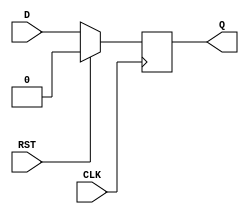
module synchronous_register (
    input wire D,        // Data input
    input wire CLK,      // Clock input
    input wire RST,      // Reset input
    output reg Q         // Data output
);

// Synchronous reset and data capture
always @(posedge CLK) begin
    if (RST) begin
        Q <= 1'b0;      // Reset the output to 0
    end else begin
        Q <= D;         // Capture the data input on the rising edge of the clock
    end
end

endmodule